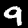
Digit: 9